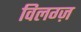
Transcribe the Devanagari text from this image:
विलग्ज़